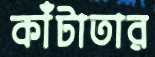
কাঁটাতার